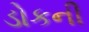
ડોકની